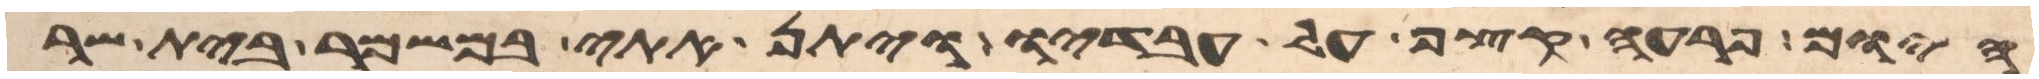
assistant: היום פרעה קצף על עבדיו ויתן אתי במשמר בית שר